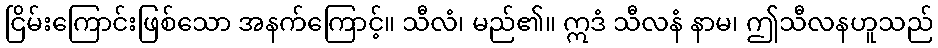
ငြိမ်းကြောင်းဖြစ်သော အနက်ကြောင့်။ သီလံ၊ မည်၏။ ဣဒံ သီလနံ နာမ၊ ဤသီလနဟူသည်